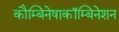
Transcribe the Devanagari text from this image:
कौम्बिनेषाकॉम्बिनेशन